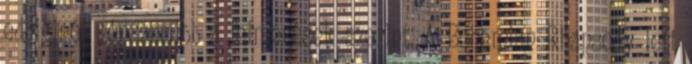
eddiginél népszerűbb a felmérések szerint. A Bohemian Rhapsody lett